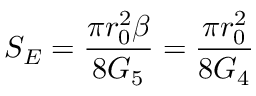
S _ { E } = \frac { \pi r _ { 0 } ^ { 2 } \beta } { 8 G _ { 5 } } = \frac { \pi r _ { 0 } ^ { 2 } } { 8 G _ { 4 } }